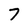
Character: 7